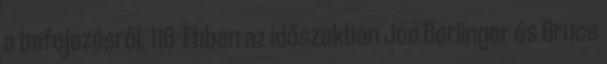
a befejezésről. 116 Ebben az időszakban Joe Berlinger és Bruce